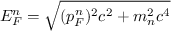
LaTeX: E _ { F } ^ { n } = { \sqrt { ( p _ { F } ^ { n } ) ^ { 2 } c ^ { 2 } + m _ { n } ^ { 2 } c ^ { 4 } } }